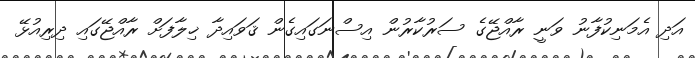
އަދި އެމަނިކުފާނު ވަނީ ރާއްޖޭގެ ސަރުކާރުން އިސްނަގައިގެން ޤަވައިދާ ޚިލާފަށް ރާއްޖޭގައި ދިރިއުޅޭ